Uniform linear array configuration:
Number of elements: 64
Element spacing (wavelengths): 0.75
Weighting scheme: hann
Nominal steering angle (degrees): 0
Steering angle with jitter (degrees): -1.796
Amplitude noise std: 0.05
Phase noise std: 0.05

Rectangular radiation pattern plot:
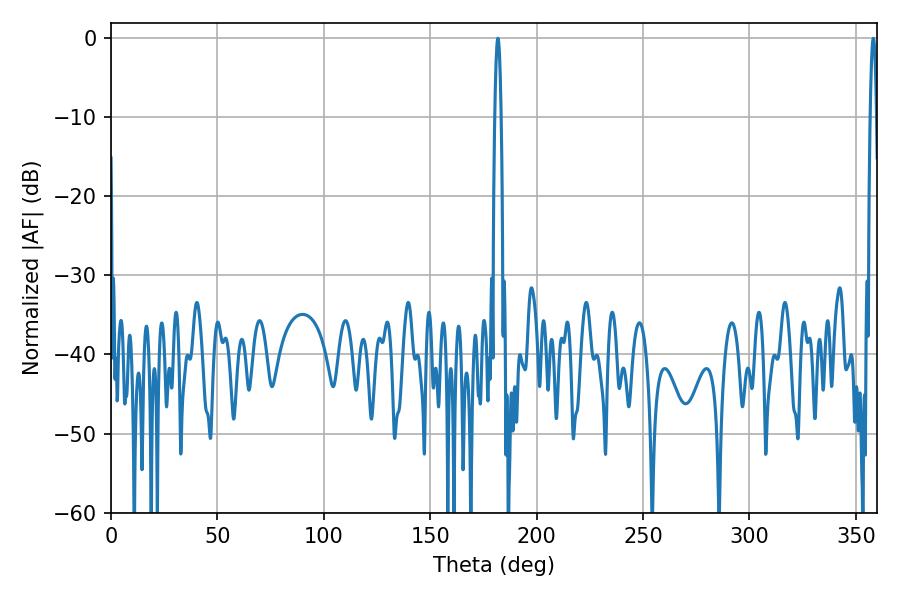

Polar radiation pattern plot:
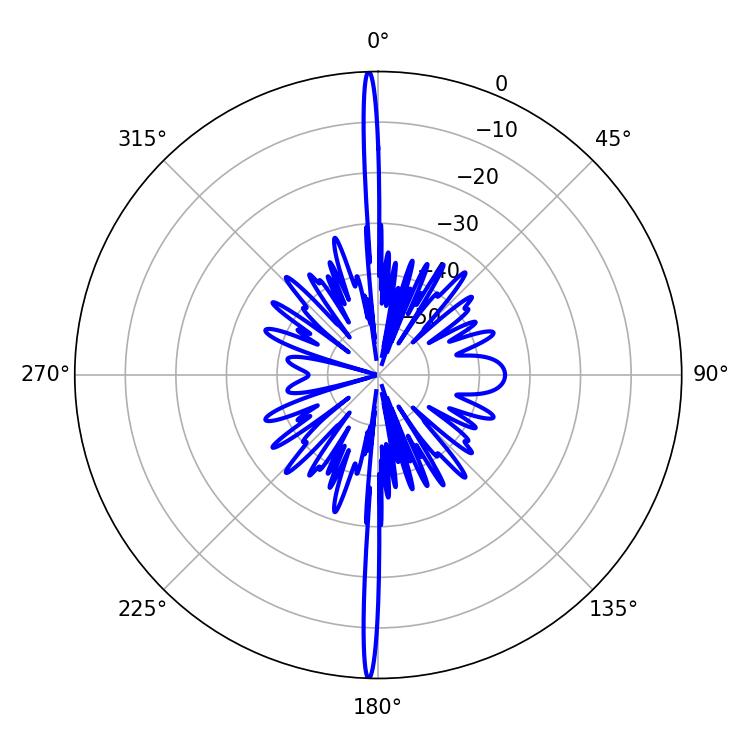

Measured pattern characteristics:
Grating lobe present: TRUE
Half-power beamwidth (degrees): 1.44
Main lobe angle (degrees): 181.8